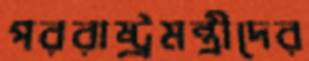
পররাষ্ট্রমন্ত্রীদের